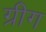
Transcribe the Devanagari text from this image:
ग्रीग